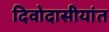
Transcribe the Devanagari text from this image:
दिवोदासीयांत